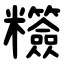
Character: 䊴